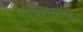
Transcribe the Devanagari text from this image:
एक्जहॉसटेक